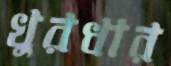
খুরধার